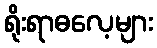
ရိုးရာဓလေ့များ